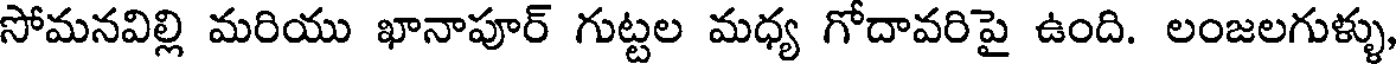
సోమనవిల్లి మరియు ఖానాపూర్ గుట్టల మధ్య గోదావరిపై ఉంది. లంజలగుళ్ళు,